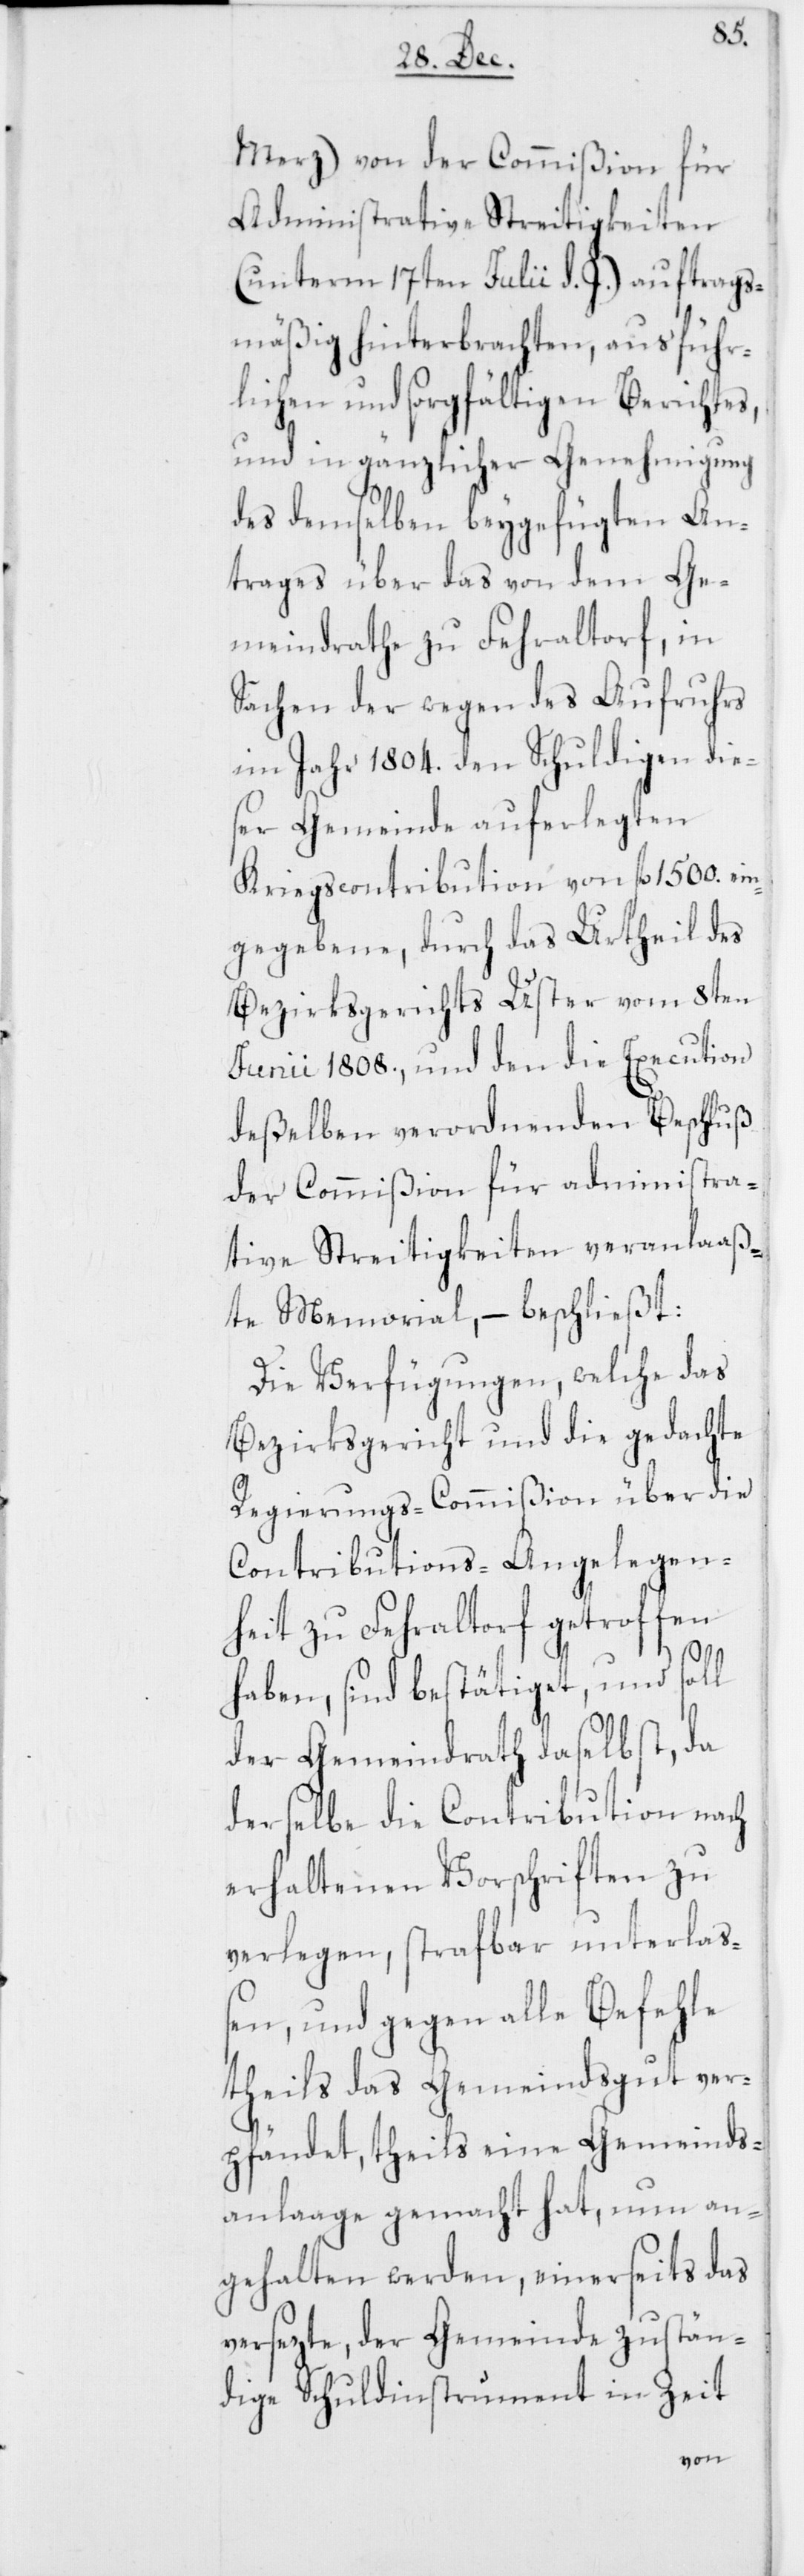
Merz) von der Commißion für
Administrative Streitigkeiten
(unterm 17ten Julii d. J.) auftrags¬
mäßig hinterbrachten, ausführ¬
lichen und sorgfältigen Berichtes,
und in gänzlicher Genehmigung
des demselben beygefügten An¬
trages über das von dem Ge¬
meindrathe zu Fehraltorf, in
Sachen der wegen des Aufruhrs
im Jahr 1804. den Schuldigen die¬
ser Gemeinde auferlegten
Kriegscontribution von fl. 1500. ei¬
ngegebene, durch das Urtheil des
Bezirksgerichts Uster vom 8ten
Junii 1808., und den die Execution
deßelben verordnenden Beschluß
der Commißion für administra¬
tive Streitigkeiten veranlaß¬
te Memorial, – beschließt:
Die Verfügungen, welche das
Bezirksgericht und die gedachte
Regierungs-Commißion über die
Contributions-Angelegen¬
heit zu Fehraltorf getroffen
haben, sind bestätiget, und soll
der Gemeindrath daselbst, da
derselbe die Contribution nach
erhaltenen Vorschriften zu
verlegen, strafbar unterlaß¬
en, und gegen alle Befehle
theils das Gemeindsgut ver¬
pfändet, theils eine Gemeinds¬
anlaage gemacht hat, nun an¬
gehalten werden, einerseits das
versezte, der Gemeinde zustän¬
dige Schuldinstrument in Zeit